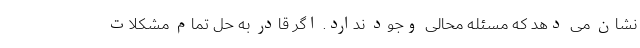
نشان می­ دهد که مسئله محالی وجود ندارد. اگر قادر به حل تمام مشکلات